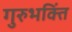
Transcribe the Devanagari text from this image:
गुरुभक्तिं